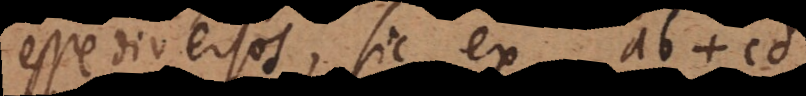
esse diversos, sic ex ab + cd